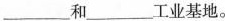
___和___工业基地。